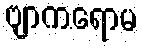
ဗျာကရောမ